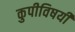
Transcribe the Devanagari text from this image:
कुपीविषयी